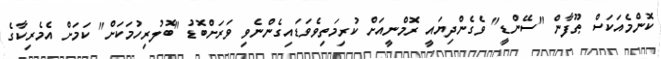
ކޮންމެއަކަސް ޠޫފާން "ސޭންޑީ" ވެގެންދިޔައީ ރޮމްނީއަށް ކުރިމަތިވެވަޑައިގެންނެވި ވަރަށްބޮޑު "ބޮލުރިހުމަކަށް" ކަމަށް އެމެރިކާގެ